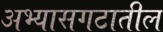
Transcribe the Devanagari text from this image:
अभ्यासगटातील